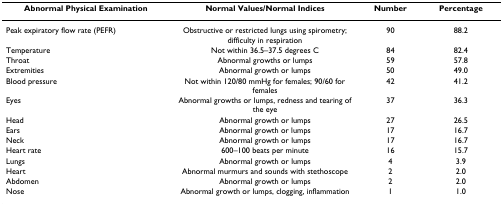
| Abnormal Physical Examination | Normal Values/Normal Indices | Number | Percentage |
 | --- | --- | --- | --- |
 | Peak expiratory flow rate (PEFR) | Obstructive or restricted lungs using spirometry; difficulty in respiration | 90 | 88.2 |
 | Temperature | Not within 36.5–37.5 degrees C | 84 | 82.4 |
 | Throat | Abnormal growths or lumps | 59 | 57.8 |
 | Extremities | Abnormal growth or lumps | 50 | 49.0 |
 | Blood pressure | Not within 120/80 mmHg for females; 90/60 for females | 42 | 41.2 |
 | Eyes | Abnormal growths or lumps, redness and tearing of the eye | 37 | 36.3 |
 | Head | Abnormal growth or lumps | 27 | 26.5 |
 | Ears | Abnormal growth or lumps | 17 | 16.7 |
 | Neck | Abnormal growth or lumps | 17 | 16.7 |
 | Heart rate | 600–100 beats per minute | 16 | 15.7 |
 | Lungs | Abnormal growth or lumps | 4 | 3.9 |
 | Heart | Abnormal murmurs and sounds with stethoscope | 2 | 2.0 |
 | Abdomen | Abnormal growth or lumps | 2 | 2.0 |
 | Nose | Abnormal growth or lumps, clogging, inflammation | 1 | 1.0 |